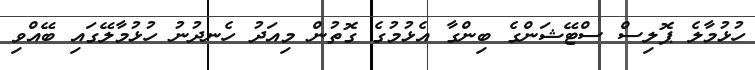
ހުޅުމާލެ ޕޮލިސް ސްޓޭޝަންގެ ބިންގާ އެޅުމުގެ ގޮތުން މިއަދު ހެނދުނު ހުޅުމާލޭގައި ބޭއްވި